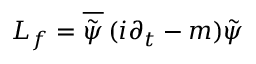
L _ { f } = \overline { { { \tilde { \psi } } } } \, ( i \partial _ { t } - m ) \tilde { \psi }